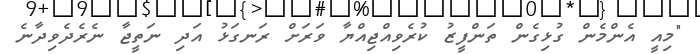
"މިއީ އެންމެން ގުޅިގެން ތަންފީޒު ކުރެވިއްޖިއްޔާ ވަރަށް ރަނގަޅު އަދި ނަތީޖާ ނެރެދެވިދާނެ